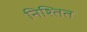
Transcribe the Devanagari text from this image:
निश्तित